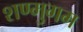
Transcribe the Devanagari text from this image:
शण्मुगम